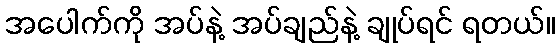
အပေါက်ကို အပ်နဲ့ အပ်ချည်နဲ့ ချုပ်ရင် ရတယ်။